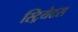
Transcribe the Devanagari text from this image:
स्ट्रियेटस